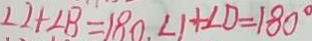
\angle 2 + \angle B = 1 8 0 ^ { \circ } . \angle 1 + \angle D = 1 8 0 ^ { \circ }